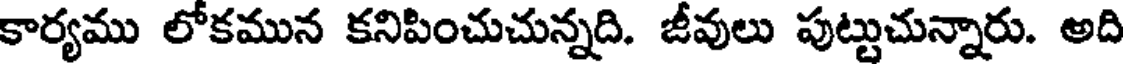
కార్యము లోకమున కనిపించుచున్నది. జీవులు పుట్టుచున్నారు. అది